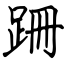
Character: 跚